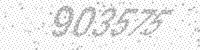
Solution: 903575